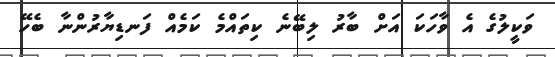
ވަކީލުގެ އެ ވާހަކަ އަށް ބާރު ލިބޭނެ ކިތައްމެ ކަމެއް ފަނޑިޔާރުންނާ ބެހޭ